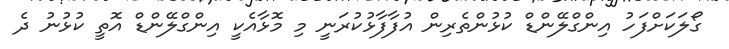
ގޯލަކަށްފަހު އިންގްލޭންޑް ކުޅުންތެރިން އުފާފާޅުކުރަނީ މި މޮޅާއެކީ އިންގްލޭންޑް އޮތީ ކުޅުނު ދެ